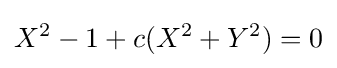
X^{2}-1+c(X^{2}+Y^{2})=0